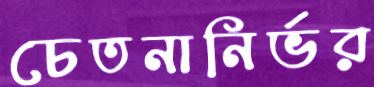
চেতনানির্ভর